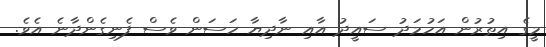
މީގެ އިތުރުން އަހުމަދު ސައީދު އާއި ނާދިޔާ ހަސަން ވެސް ފެނިގެންދާނެ އެވެ.